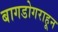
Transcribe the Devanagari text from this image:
बागडोगराहून